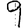
Digit: 9